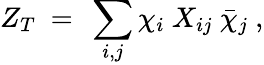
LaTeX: Z_{T}\ =\ \sum_{i,j}\chi_{i}\ X_{ij}\ \bar{\chi}_{j}\ ,